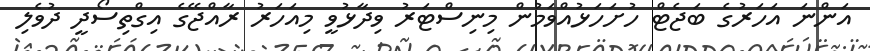
އަންނަ އަހަރުގެ ބަޖެޓް ހުށަހަޅުއްވަމުން މިނިސްޓަރު ވިދާޅުވީ މިއަހަރު ރާއްޖޭގެ އިގްތިސޯދީ ދުވެލި